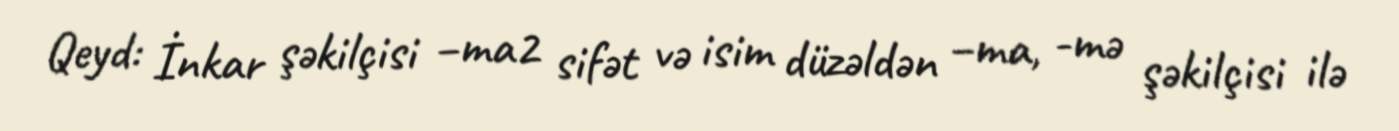
Qeyd: İnkar şəkilçisi –ma2 sifət və isim düzəldən –ma, -mə şəkilçisi ilə